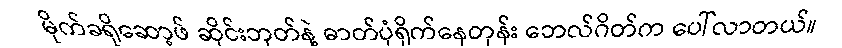
မိုက်ခရိုဆော့ဖ် ဆိုင်းဘုတ်နဲ့ ဓာတ်ပုံရိုက်နေတုန်း ဘေလ်ဂိတ်က ပေါ်လာတယ်။